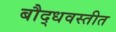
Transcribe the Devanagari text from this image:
बौद्धवस्तीत